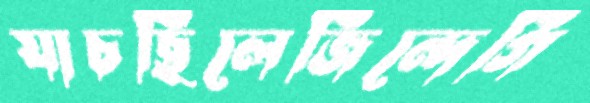
যাচছিলেজিন্দেগি